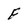
Character: F